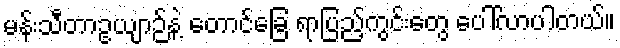
မန်းသီတာဥယျာဉ်နဲ့ တောင်ခြေ ရာပြည့်ကွင်းတွေ ပေါ်လာပါတယ်။